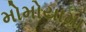
મોમોયામા